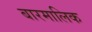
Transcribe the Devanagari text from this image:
बारमालिक